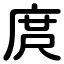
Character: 庹